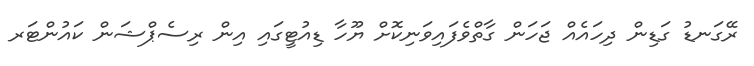
ރޭގަނޑު ގަޑިން ދިހައެއް ޖަހަން ގާތްވެފައިވަނިކޮށް ޔޫހާ ޑިއުޓީގައި އިން ރިސެޕްޝަން ކައުންޓަރ